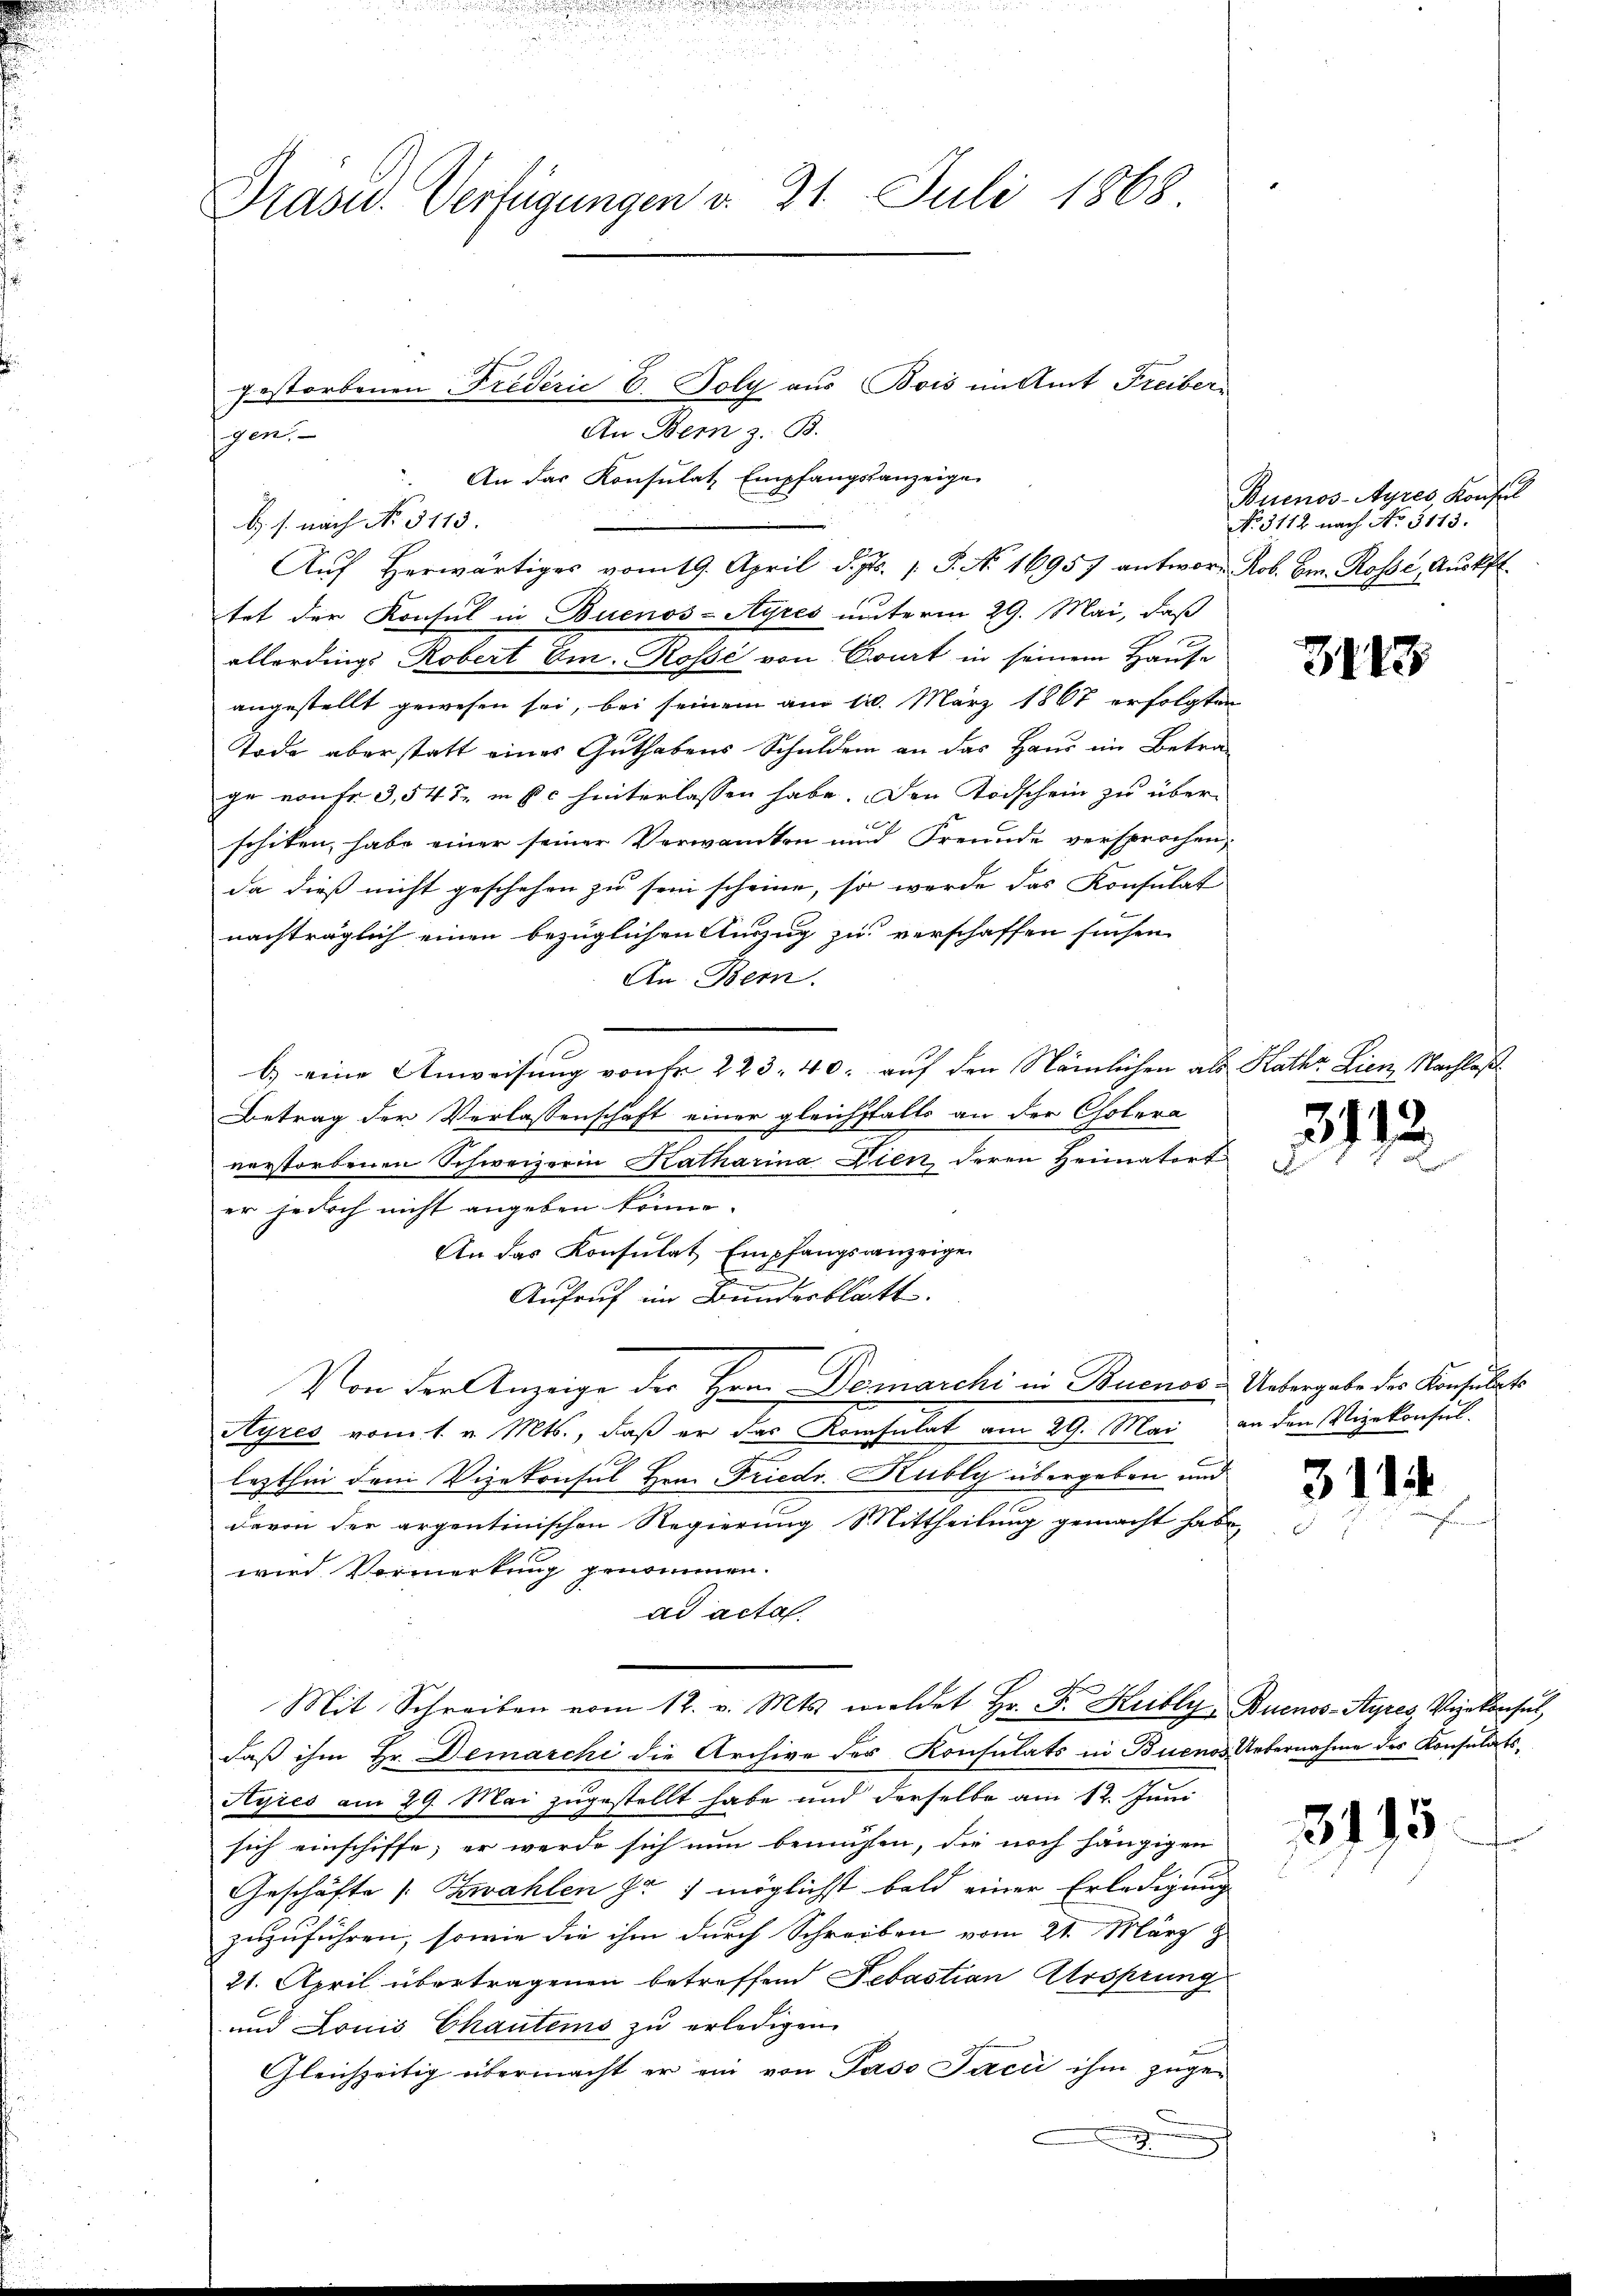
Präsid.. Verfügungen v. 21. Juli 1868

schen
b. s. nach No. 5113.

gestorbenen Fredérić C. Poly aus Bois im Amt Freiber
An Dem z. B.
An das Konsulat Empfangsanzeige
tet der Konsul in Buenos-Ayres unterm 29. Mai, daß
allerdings Robert Em- Rosse von Owurt in seinem Hause
angestellt gewesen sei, bei seinem am 11. März 1867 erfolgten
Tode überstatt eines Guthabens Schulden an das Haus im Betrage von fr. 3,547 in pc hinterlassen habe. Den Todschein zu überx
schiken, habe einer seiner Verwandten und Freunde versprochen,
da dieß nicht geschehen zu sein scheine, so werde das Konsulat
nachträglich einen bezüglichen Auszug zu verschaffen suchen.
An Bern.
b.) eine Anweisung von Fr. 223. 40. auf den Nämlichen als Kathr Lien Nachlaß
Betrag der Verlassenschaft einer gleichfalls an der Cholera
verstorbenen Schweizerin Katharina Dien deren Heimatort
er jedoch nicht angeben könne. |
An das Konsulat Empfangsanzeige
Aufruf im Bundesblatt.
Von der Anzeige der Hrn. Demarchi in Buenos Uebergabe des Konsulat
Ayres vom 1. v. Mts., daß er das Konsulat am 29. Mai an den Vizekonsul-
lezthin dem Vizekonsul Hrn. Friedr. Kubly übergeben und
davon der argentinischen Regierung Mittheilung gemacht habe
wird Vormerkung genommen.
ad acta
Mit Schreiben vom 12. v. Mts. meldet Hr. F. Kubly-Buenos-Ayres, Wir konsul,
daß ihm Hr. Demarchi die Archive des Konsulats in Buenos Uebernahme des Konsulats,
Ayres am 29. Mai zugestellt habe und derselbe am 12. Juni
sich einschiffe, er werde sich nun bemühten, die noch hängigen
Geschäfte (: Zawahlen zu 1 möglichst bald einer Erledigung
zuzuführen, sowie die ihm durch Schreiben vom 21. März z
21. April übertragenen betreffend Sebastian Arsprung
und Louis Chauteins zu erledigen.
Gleichzeitig übermacht er ein von Paso Jacii ihm zuge-
e
2

Aŭf herwärtiges vom 19. April d. Js. 1. P. No 16957 antwor- Rob. Cm. Rosse, Aŭskfl.

Buenos-Ayres, Konfl
No 3112 nach No. 5113.

3113

2113

311

3195